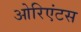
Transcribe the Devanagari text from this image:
ओरिएंटस